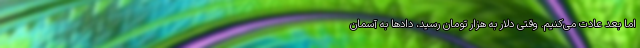
اما بعد عادت می‌کنیم. وقتی دلار به هزار تومان رسید، دادها به آسمان